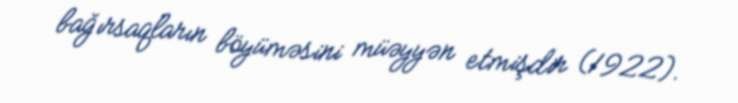
bağırsaqların böyüməsini müəyyən etmişdir (1922).